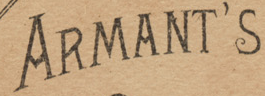
ARMANT'S